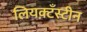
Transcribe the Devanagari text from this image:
लियक़्टँस्टीन